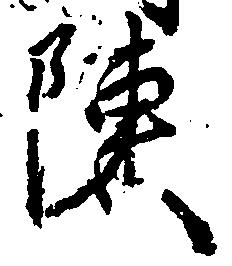
陳